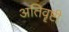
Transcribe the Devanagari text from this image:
अतिवॄष्टी